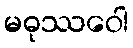
မဓုဿဝေါ